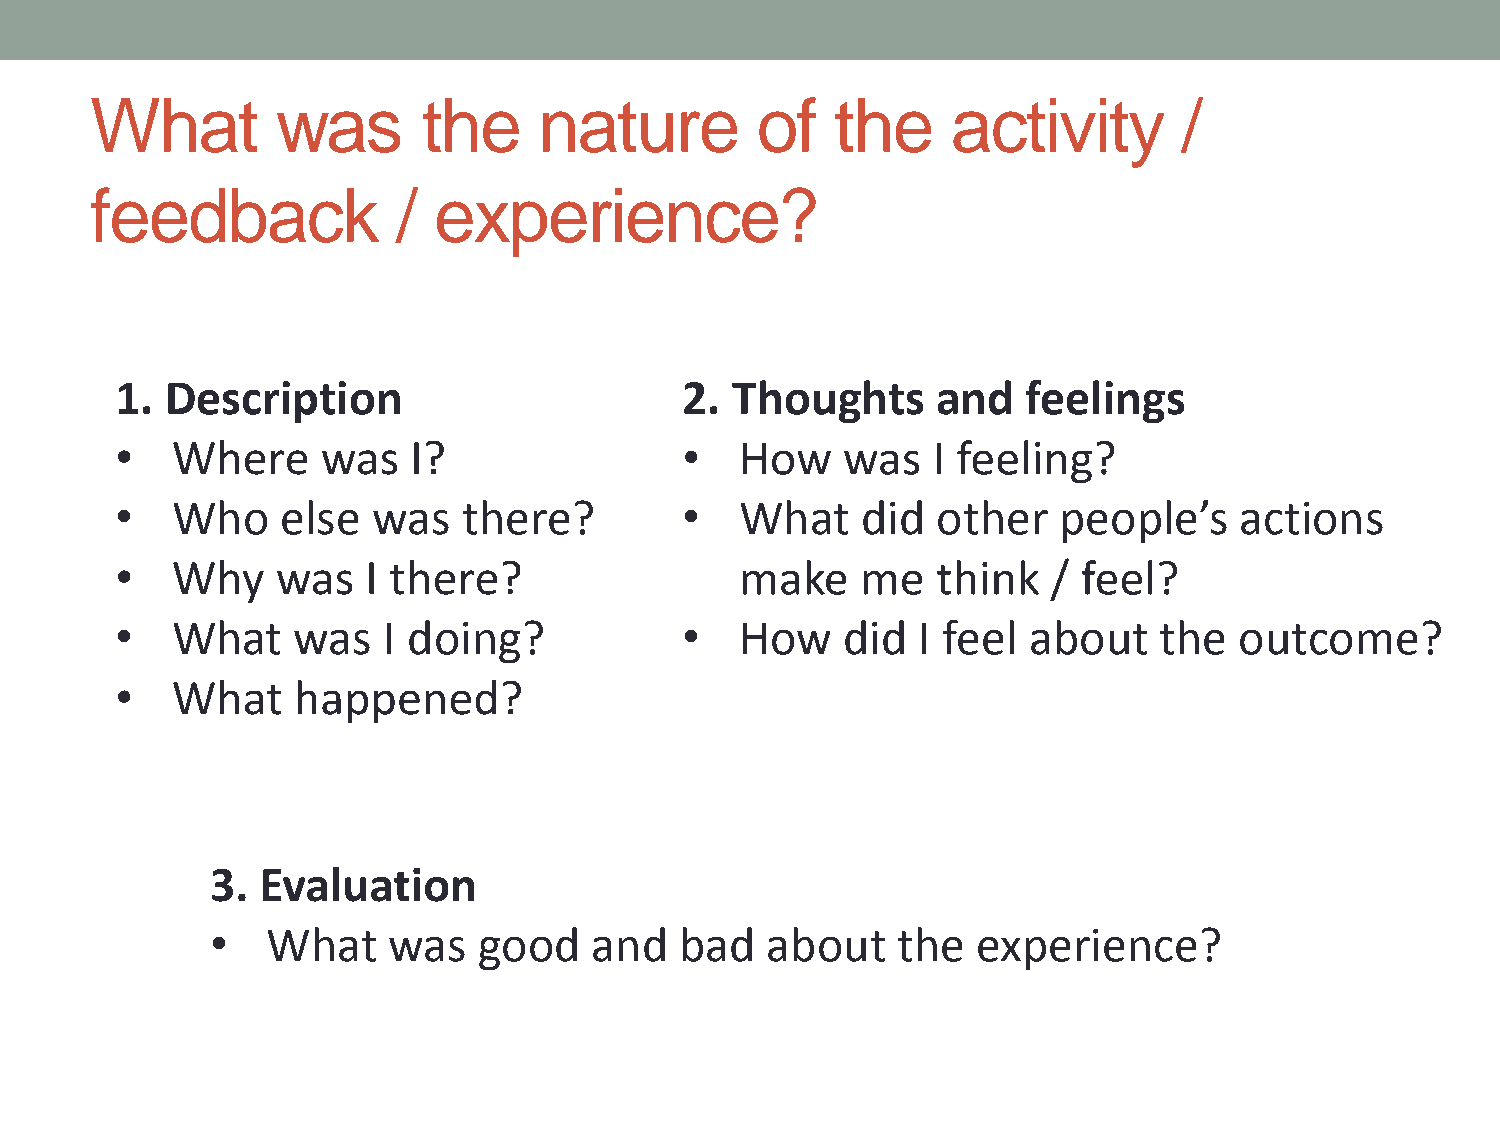
What        was       the     nature        of   the     activity       /
 feedback            /  experience?
 1. Description                       2. Thoughts      and   feelings
 •  Where     was   I?                •   How    was   I feeling?
 •  Who     else  was   there?        •   What    did  other   people’s    actions
 •  Why    was   I there?                 make    me   think   / feel?
 •  What    was   I doing?            •   How    did  I feel about    the  outcome?
 •  What    happened?
 3. Evaluation
 •   What    was   good   and   bad   about   the   experience?